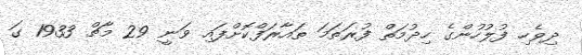
ދިވެހި ފުލުހުންގެ ހިދުމަތް ފުރަތަމަ ތައާރަފްކޮށްފައި ވަނީ 29 މާޗް 1933 ގަ